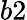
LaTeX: b2